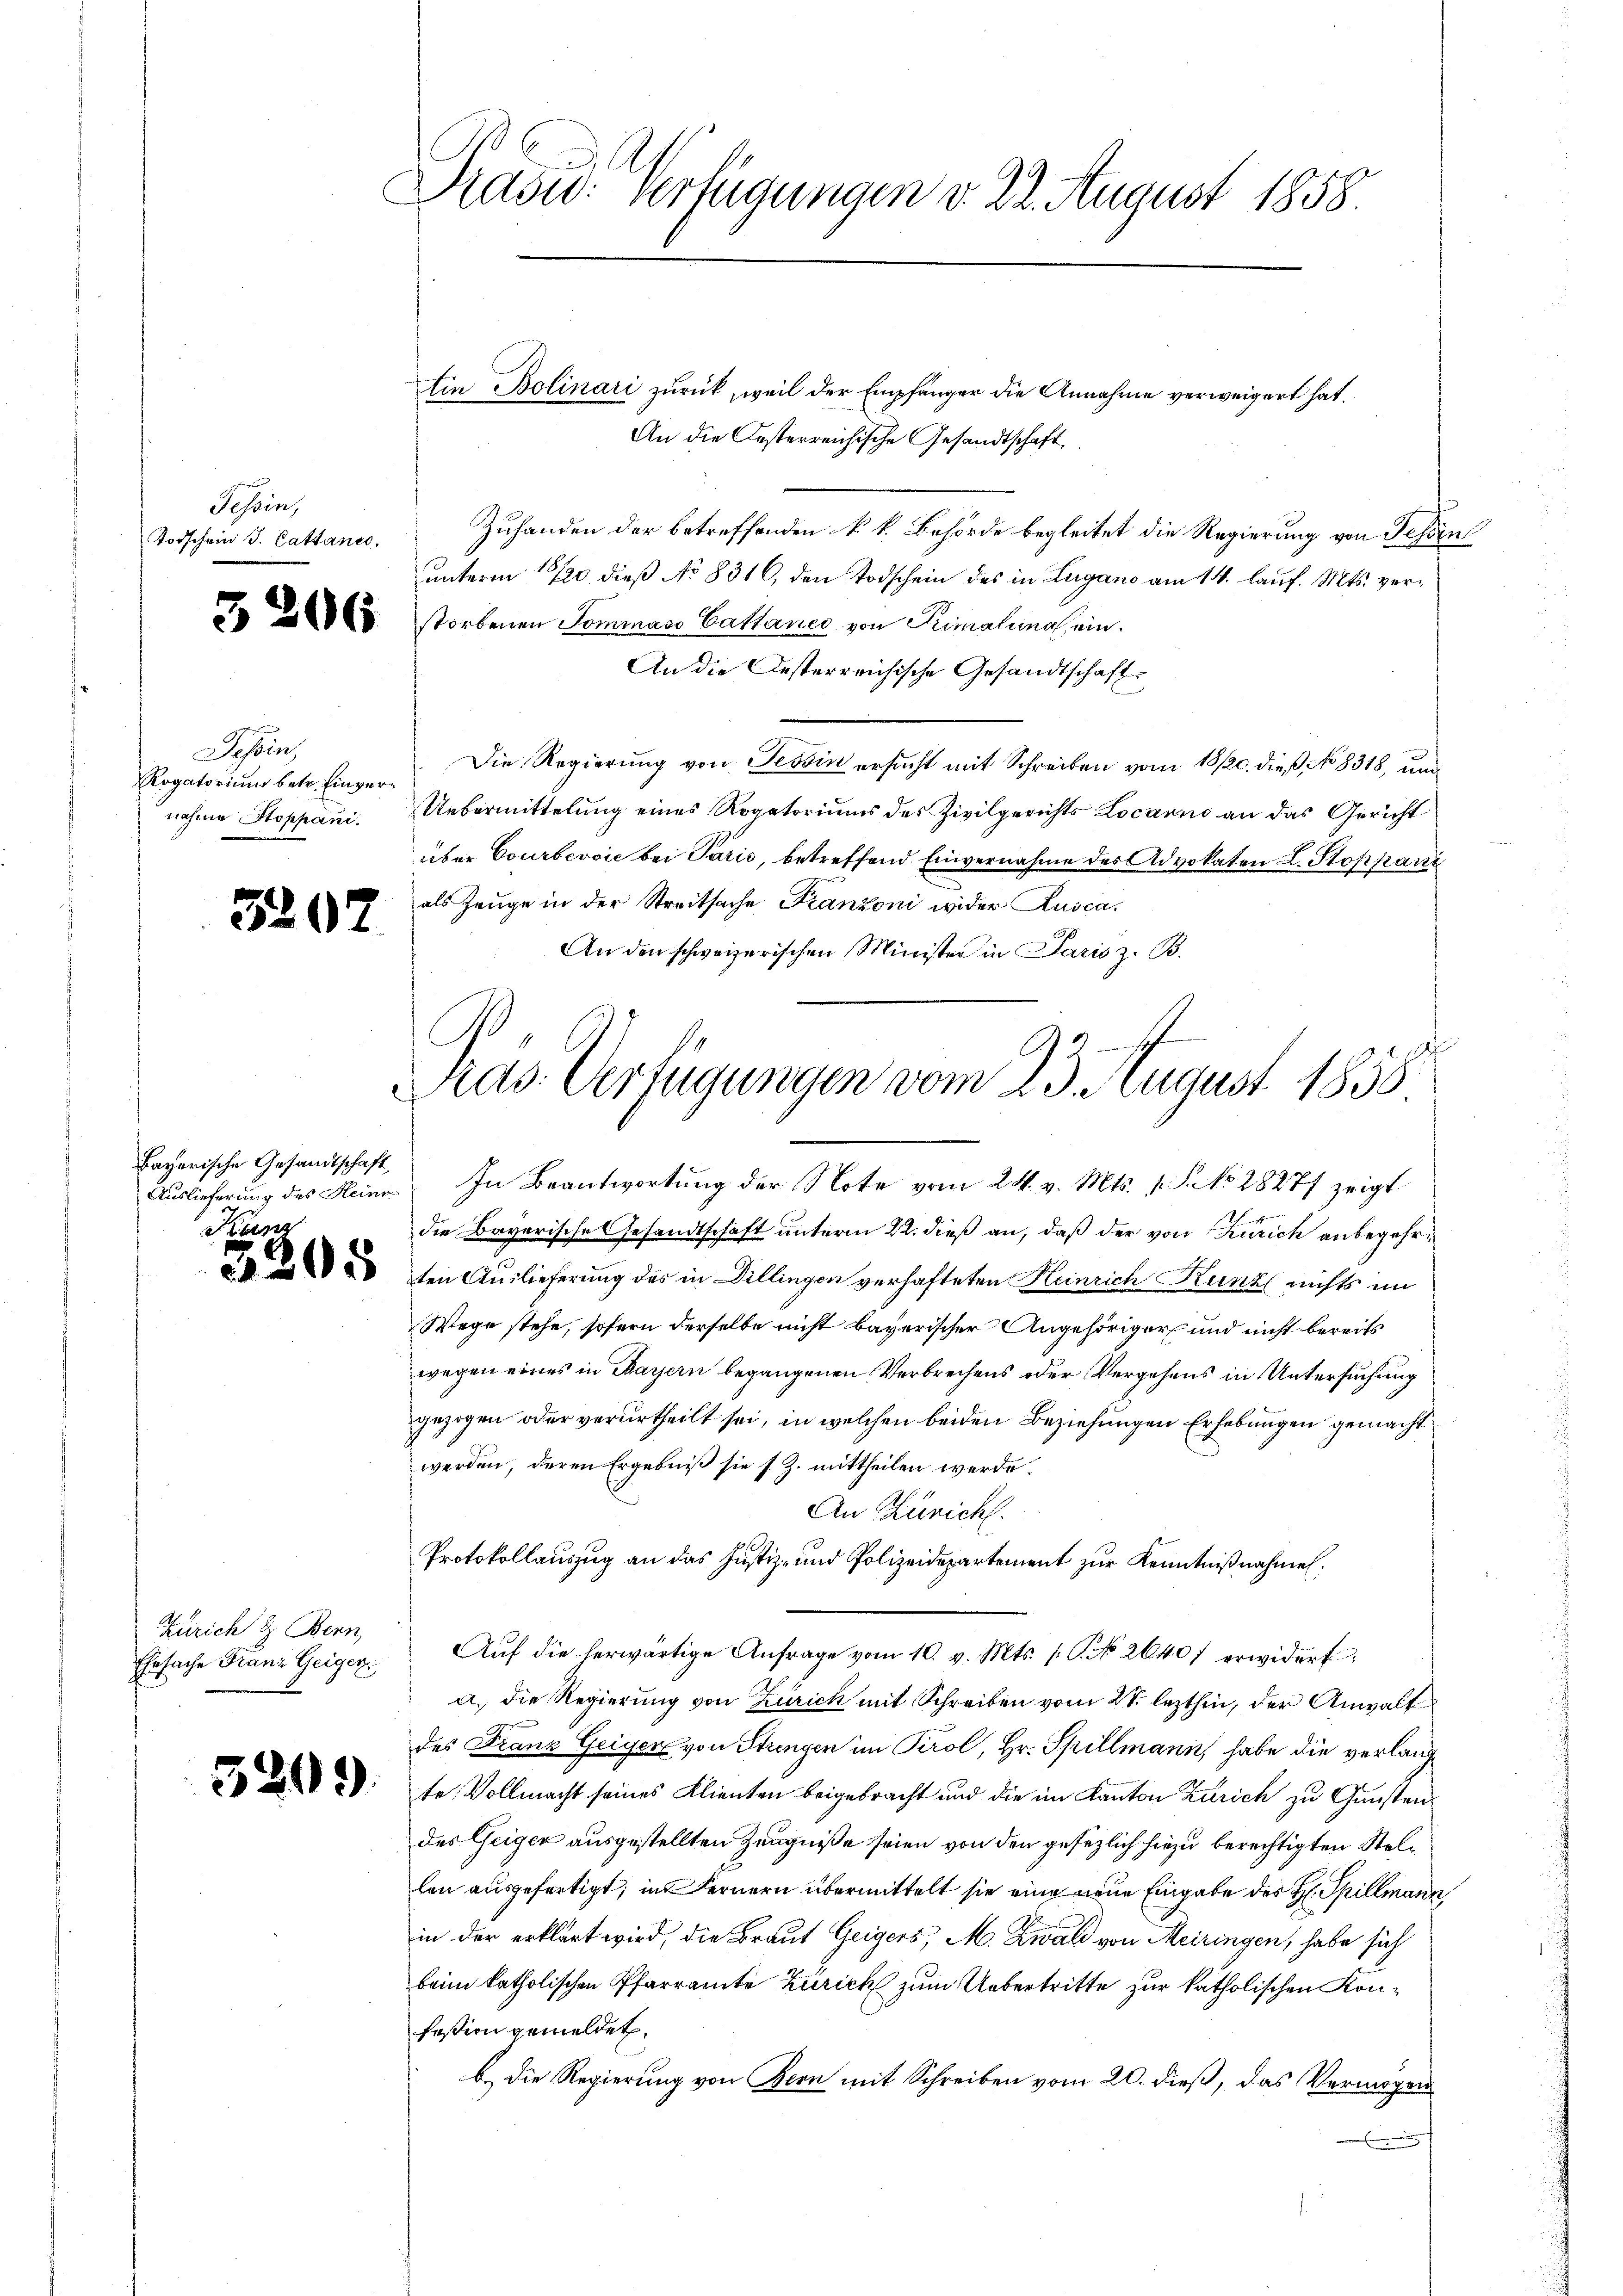
Tessin,
Todschein J. Cattanes,

3206

Tessin,
Rogatorium betr. Einvernahme Stoppani.

3207

Bayerische Gesandtschaft,
Auslieferung des Heinr

n

Zürich & Bern
Ehesache Franz Geiger.

3299.

Drasw: Verfügungen v. 22. August 1858.

tin Bolinari zurück, weil der Empfänger die Annahme verweigert hat.
An die Gesterreichische Gesandtschaft,
Zuhanden der betreffenden k. k. Behörde begleitet die Regierung von Fessen
unterm 16/20 dieß No 8316, den Todschein des in Lugano am 14. lauf. Mts. verstorbenen Tommaso Cattance von Primalina ein¬
An die Oesterreichische Gesandtschaft
Die Regierung von Tessin ersucht mit Schreiben vom 18/20. dieß, No 8318, und
Uebermittelung eines Rogatoriums des Zivilgerichts Locarno an das Gericht
über Courbevvić bei Parić, betreffend Einvernahme des Advokaten L. Stoppani
als Zeuge in der Streitsache Franzoni wider Rusca.
An den schweizerischen Minister in Paris z. B.
In Beantwortung der Note vom 24. v. Mts. v. J. No 28277 zeigt
die Bayerische Gesandtschaft unterm 22. dieß an, daß der von Zürich anbegehr¬
 2 ten Auslieferung des in Dillingen verhafteten Heinrich Kunz nichts im
Wege stehe, sofern derselbe nicht bayerischer Angehöriger und nicht bereits
wegen eines in Bayern begangenen Verbrechens oder Vergehens in Untersuchung
gezogen oder verurtheilt sei, in welchen beiden Beziehungen Erhebungen gemacht
werden, deren Ergebniβ sie s. Z. mittheilen werde.
An Züricht.
Protokollauszug an das Justiz- und Polizeidepartement zur Kenntnißnahmen.
Aŭf die herwärtige Anfrage vom 10. v. Mts. (T. 2640/ erwidert
a. die Regierung von Zürich mit Schreiben vom 21. lezthin, der Anwalt
des Franz Geiger von Stungen im Tirol, Hr. Spillmann, habe die verlang
te Vollmacht seines Klienten beigebracht und die im Kanton Zürich zu Gunsten
des Geiger ausgestellten Zeugniße seien von den gesezlich hiezu berechtigten Stellen ausgefertigt; im Fernern übermittelt sie eine neue Eingabe des H. Spillmann,
in der erklärt wird, die Braut Geigers, M. Zwar von Meiringen, habe sich
beim katholischen Pfarramte Zürich zum Uebertritte zur katholischen Konfestion gemeldet.
b.) Die Regierung von Bern mit Schreiben vom 20. dieß, das Vermögen

Präs. Verfügungen vom 23. August 1855